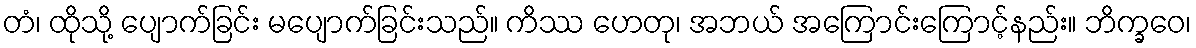
တံ၊ ထိုသို့ ပျောက်ခြင်း မပျောက်ခြင်းသည်။ ကိဿ ဟေတု၊ အဘယ် အကြောင်းကြောင့်နည်း။ ဘိက္ခဝေ၊